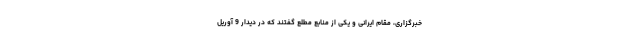
خبرگزاری، مقام ایرانی و یکی از منابع مطلع گفتند که در دیدار 9 آوریل